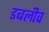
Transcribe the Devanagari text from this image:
डबलीव